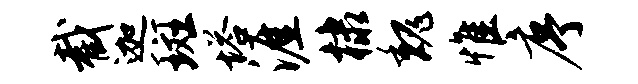
截迦斑塔涯棣魏惟序